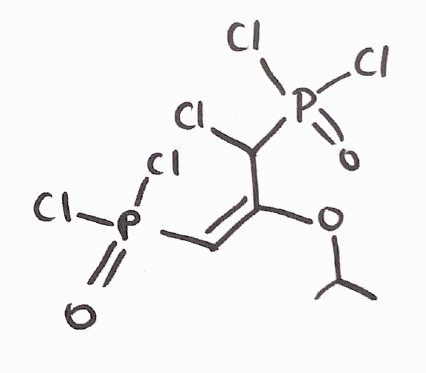
Simplified molecular-input line-entry system (SMILES) notation of the given molecule:
CC(C)O/C(=C/P(=O)(Cl)Cl)/C(P(=O)(Cl)Cl)Cl